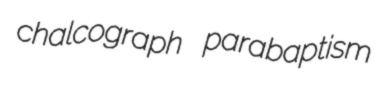
chalcograph parabaptism